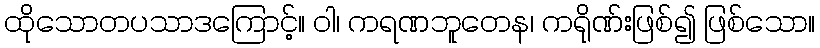
ထိုသောတပသာဒကြောင့်။ ဝါ၊ ကရဏဘူတေန၊ ကရိုဏ်းဖြစ်၍ ဖြစ်သော။